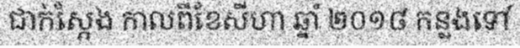
ជាក់ស្តែង កាលពីខែសីហា ឆ្នាំ ២០១៨ កន្លងទៅ